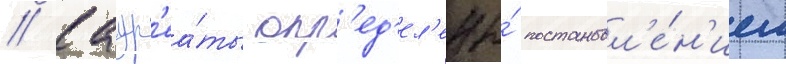
// Лаур'еа́ты опр'ед'ел'ены́ постановл'е́н'ием